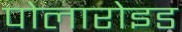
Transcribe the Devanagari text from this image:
पोलारोइड